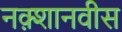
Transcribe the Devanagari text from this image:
नक़्शानवीस